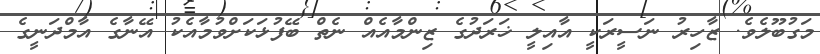
މަގުބޫލެވެ. ޒާހިރު ނަސީރަކީ އާއިލީ ޚަރަދުގެ ޒިންމާއެއް ނެތް ބޭފުޅަކަށްވުމާއެކު އޭނާގެ އާމްދަނީގެ